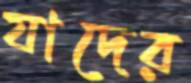
যাদের